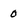
Character: 0